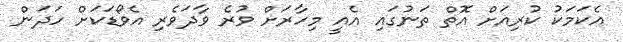
އެކަމަކު ކުރިއަށް އޮތް ތަނުގައި އެއީ މިހާރަށް ވުރެ ވާދަވެރި އެވޯޑަކަށް ހަދަން